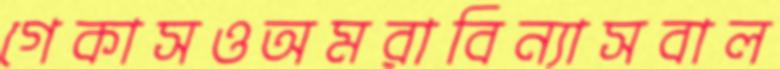
গেকাসওঅমরাবিন্যাসবাল